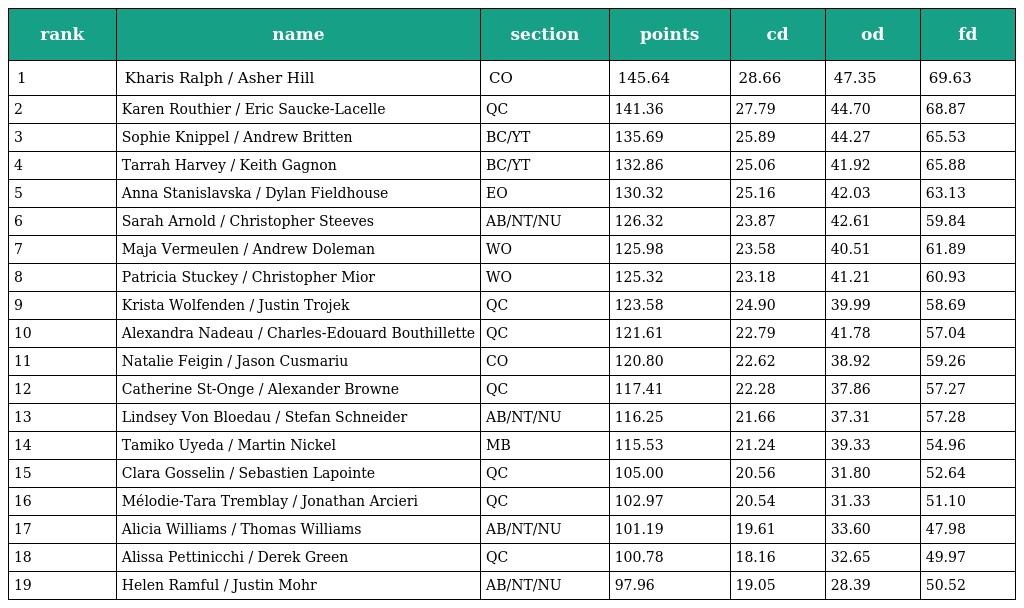
| rank | name | section | points | cd | od | fd |
 | --- | --- | --- | --- | --- | --- | --- |
 | 1 | Kharis Ralph / Asher Hill | CO | 145.64 | 28.66 | 47.35 | 69.63 |
 | 2 | Karen Routhier / Eric Saucke-Lacelle | QC | 141.36 | 27.79 | 44.70 | 68.87 |
 | 3 | Sophie Knippel / Andrew Britten | BC/YT | 135.69 | 25.89 | 44.27 | 65.53 |
 | 4 | Tarrah Harvey / Keith Gagnon | BC/YT | 132.86 | 25.06 | 41.92 | 65.88 |
 | 5 | Anna Stanislavska / Dylan Fieldhouse | EO | 130.32 | 25.16 | 42.03 | 63.13 |
 | 6 | Sarah Arnold / Christopher Steeves | AB/NT/NU | 126.32 | 23.87 | 42.61 | 59.84 |
 | 7 | Maja Vermeulen / Andrew Doleman | WO | 125.98 | 23.58 | 40.51 | 61.89 |
 | 8 | Patricia Stuckey / Christopher Mior | WO | 125.32 | 23.18 | 41.21 | 60.93 |
 | 9 | Krista Wolfenden / Justin Trojek | QC | 123.58 | 24.90 | 39.99 | 58.69 |
 | 10 | Alexandra Nadeau / Charles-Edouard Bouthillette | QC | 121.61 | 22.79 | 41.78 | 57.04 |
 | 11 | Natalie Feigin / Jason Cusmariu | CO | 120.80 | 22.62 | 38.92 | 59.26 |
 | 12 | Catherine St-Onge / Alexander Browne | QC | 117.41 | 22.28 | 37.86 | 57.27 |
 | 13 | Lindsey Von Bloedau / Stefan Schneider | AB/NT/NU | 116.25 | 21.66 | 37.31 | 57.28 |
 | 14 | Tamiko Uyeda / Martin Nickel | MB | 115.53 | 21.24 | 39.33 | 54.96 |
 | 15 | Clara Gosselin / Sebastien Lapointe | QC | 105.00 | 20.56 | 31.80 | 52.64 |
 | 16 | Mélodie-Tara Tremblay / Jonathan Arcieri | QC | 102.97 | 20.54 | 31.33 | 51.10 |
 | 17 | Alicia Williams / Thomas Williams | AB/NT/NU | 101.19 | 19.61 | 33.60 | 47.98 |
 | 18 | Alissa Pettinicchi / Derek Green | QC | 100.78 | 18.16 | 32.65 | 49.97 |
 | 19 | Helen Ramful / Justin Mohr | AB/NT/NU | 97.96 | 19.05 | 28.39 | 50.52 |